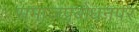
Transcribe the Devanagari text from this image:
समाजप्रबोधनपर